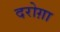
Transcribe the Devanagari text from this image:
दरोग़ा